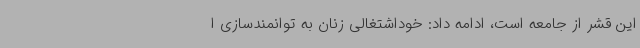
این قشر از جامعه است، ادامه داد: خوداشتغالی زنان به توانمندسازی ا